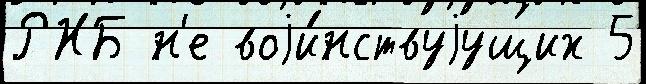
РНБ н'е воjи́нствуjущих 5